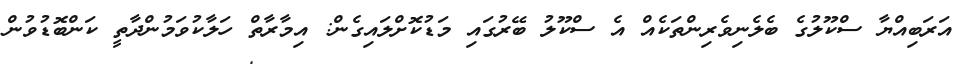
އަރަބިއްޔާ ސްކޫލުގެ ބެލެނިވެރިންތަކެއް އެ ސްކޫލު ބޭރުގައި މަޑުކޮށްލައިގެން: އިމާރާތް ހަލާކުވަމުންދާތީ ކަންބޮޑުވުން